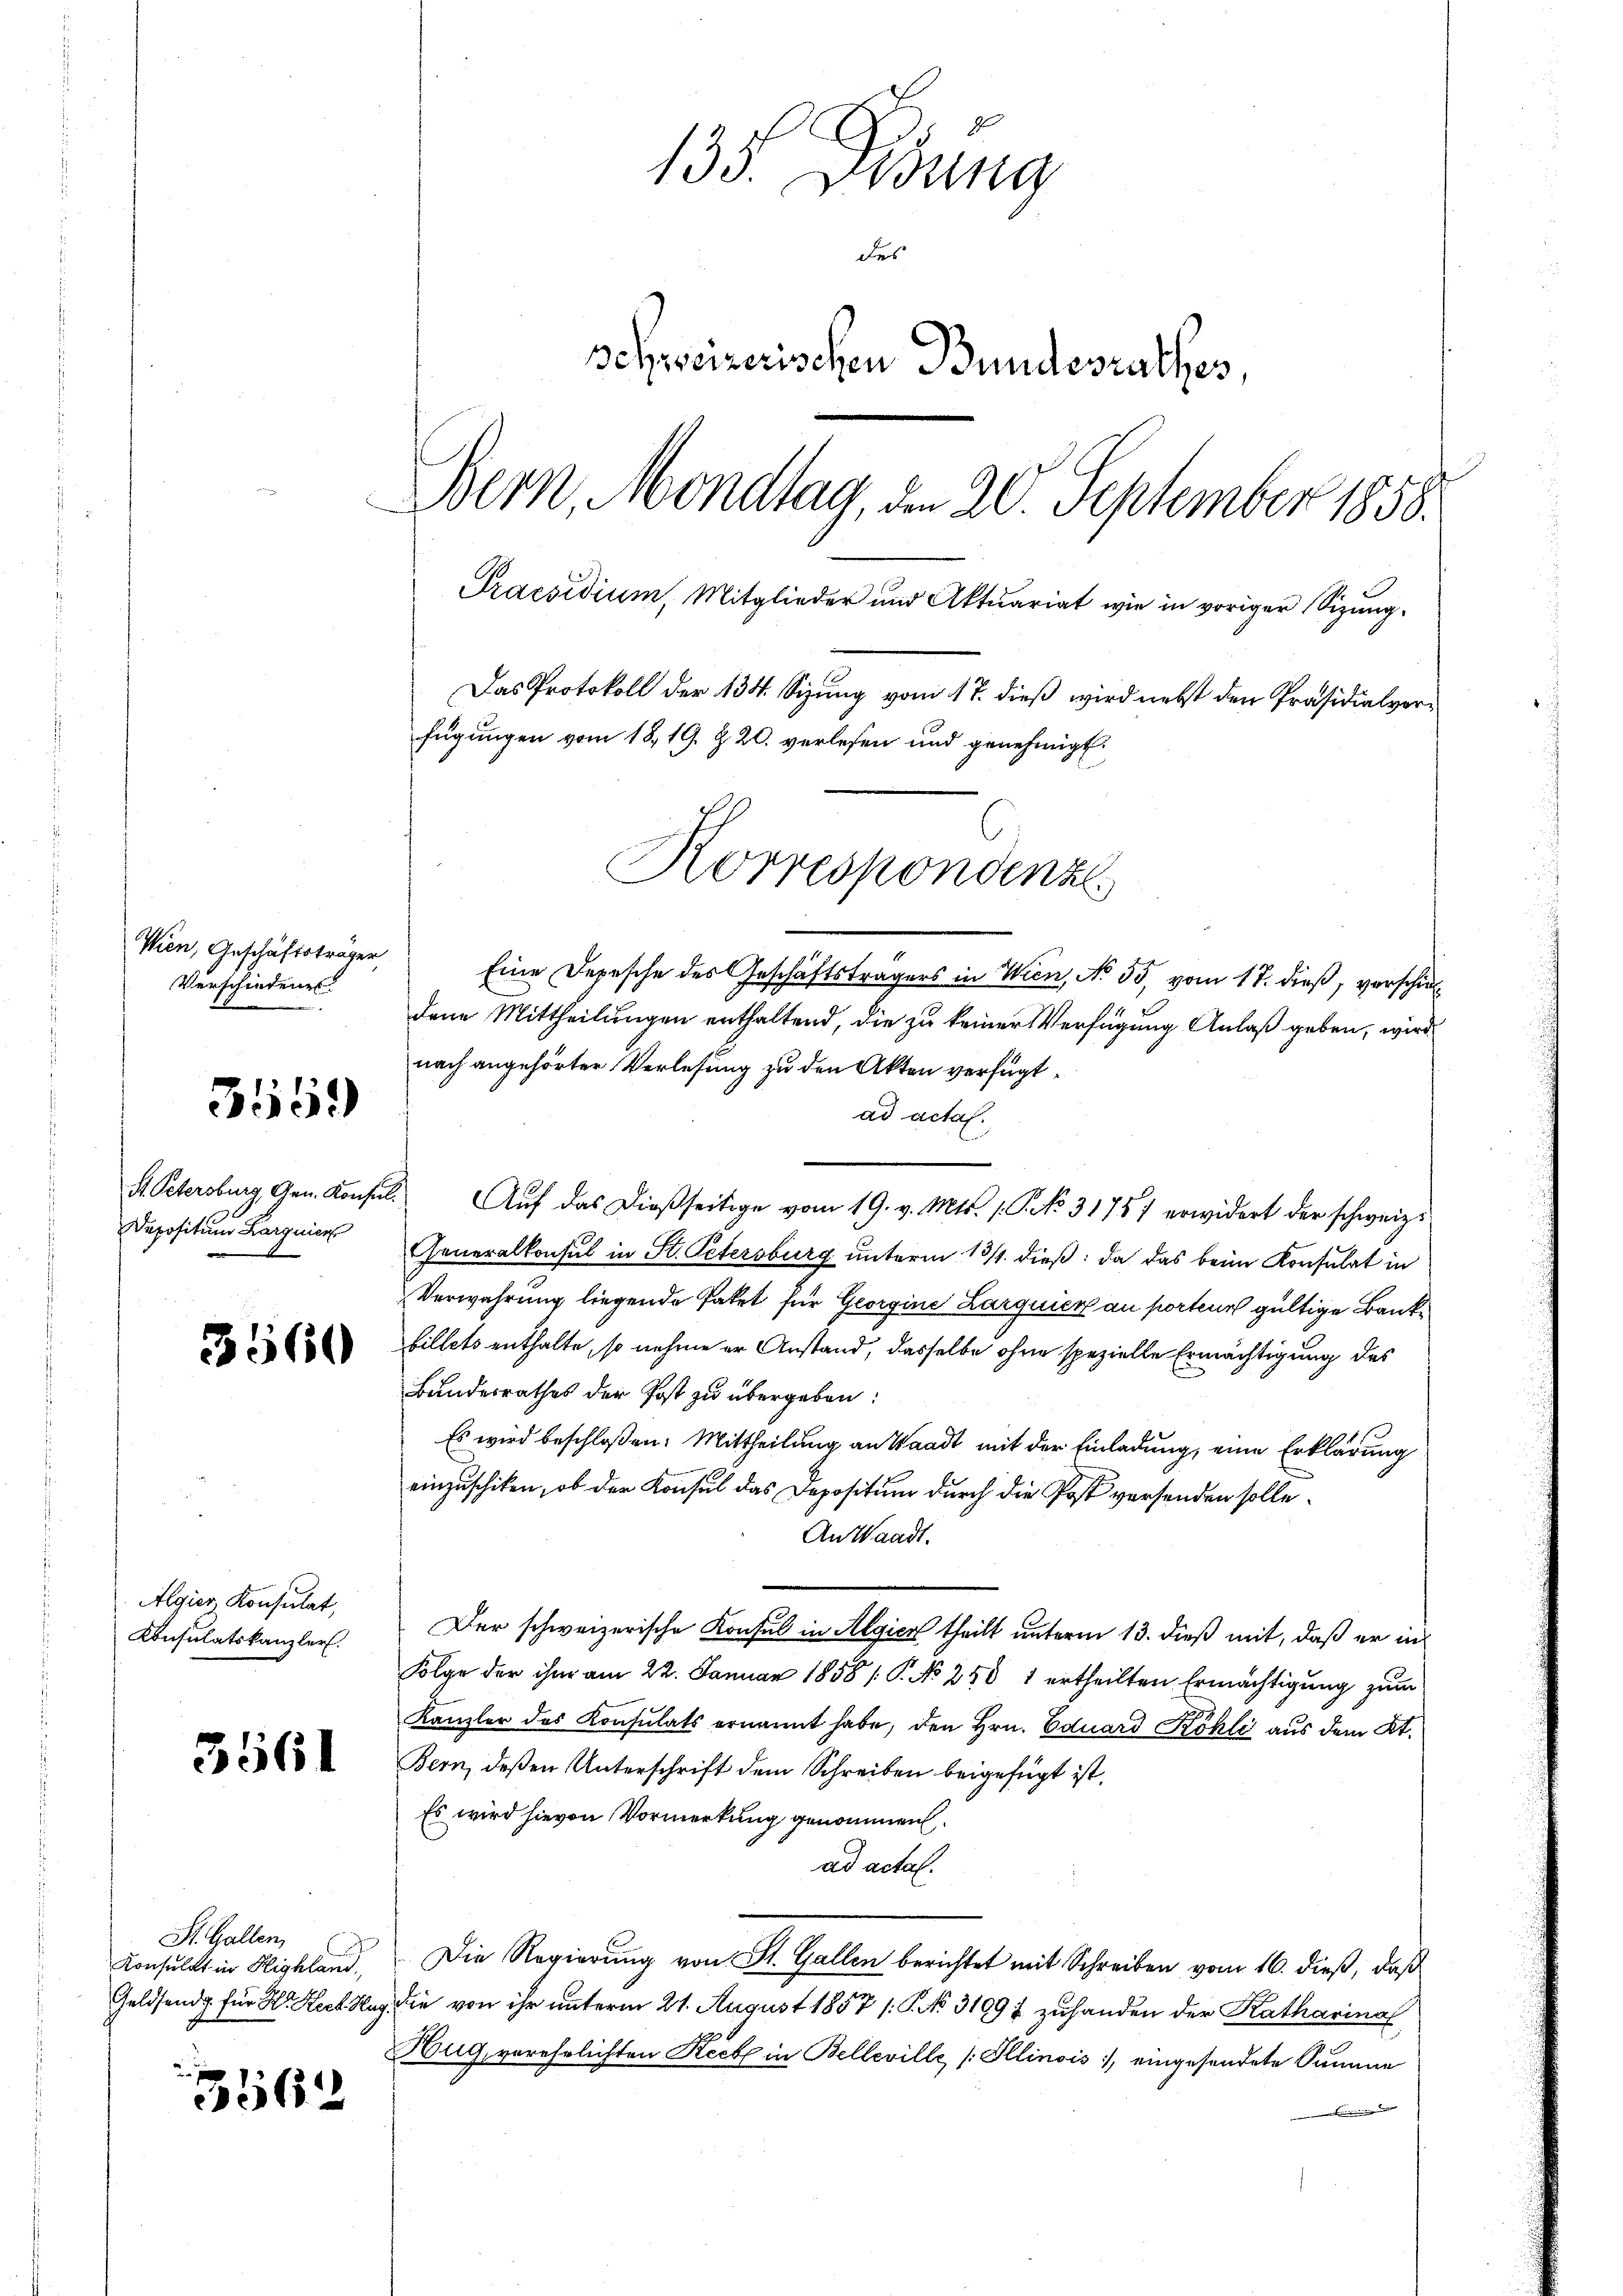
Wien, Geschäftsträger
Verschiedene

3559

Depositum Lorgnier

3560

Algier Konsulat,
Konsulatskanzler.

3561

St. Gallen,
Konsulat in Highland,

3562

135. Didung
des
schweizerischen Bundesrathes,
Bern, Mondlag, den 20. September 1858.
Praesidium, Mitglieder und Aktuariat wie in voriger Sizung
Das Protokoll der 134. Sizung vom 17. dieß wird nebst den Präsidialverfügungen vom 18. 19. Z. 20. verlesen und genehmigt.
.
Korrespondenze

Eine Depesche des Geschäftsträgers in Wien, No 55, vom 17. dieß, verschieldene Mittheilungen enthaltend, die zu keiner Verfügung Anlaß geben, wird
nach angehörter Verlesung zu den Akten verfügt
ad actal.
A. Petersburg Gen. Konsul. Auf das dießseitige vom 19. v. Mts. 1. P. 31757 erwidert der schweiz.
Generalkonsul in St. Petersburg unterm 13/4. dieß: da das beim Konsulat in
Verwahrung liegende Paket für Georgine Larguier an porten gültige Banke
billets enthalte, so nehme er Anstand, dasselbe ohne spezielle Ermächtigung des
Bundesrathes der Post zu übergeben:
Es wird beschloßen: Mittheilung an Waadt mit der Einladung, eine Erklärung
einzuschiken, ob der Konsul das Depositum durch die Post versenden solle.
An Waadt.
Der schweizerische Konsul in Algien theilt unterm 13. dieß mit, daß er in
Folge der ihm am 22. Januar 1858 / P. No 258 1 ertheilten Ermächtigung zum
Kanzler des Konsulats ernannt habe, den Hrn. Eduard Köhli aus dem Kt.
Bern, deßen Unterschrift dem Schreiben beigefügt ist.
Es wird hievon Vormerkung genommen
ad actal.
Die Regierung von St. Gallen berichtet mit Schreiben vom 16. dieß, daß
Geldsends für Hr. Heck. Hug, die von ihr unterm 21. August 1857 /: P. No. 31091 zuhanden der Katharina
Hug verehrlichten Recbe in Belleville [Illinois, eingesendete Summe
g